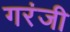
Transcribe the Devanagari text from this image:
गरंजी